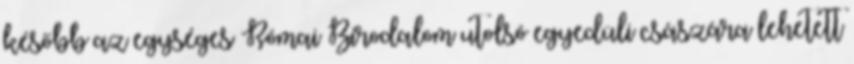
később az egységes Római Birodalom utolsó egyedüli császára lehetett